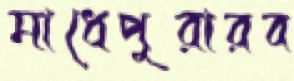
মাধেপুরারব